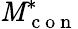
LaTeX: \mathit{M}_{\mathrm{{~c~o~n~}}}^{*}